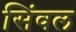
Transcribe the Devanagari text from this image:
सिंवल